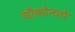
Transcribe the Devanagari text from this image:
चौकोनाचे